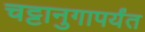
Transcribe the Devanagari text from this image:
चट्टानुगापर्यंत